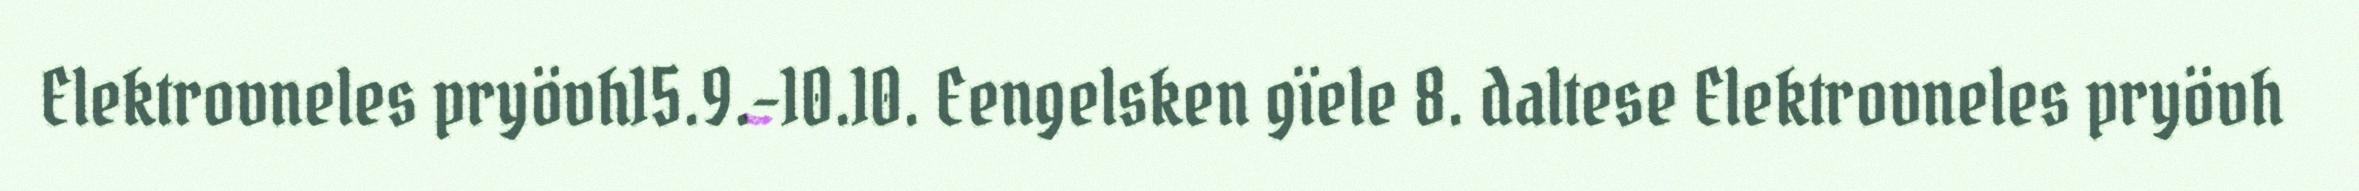
Elektrovneles pryövh15.9.–10.10. Eengelsken gïele 8. daltese Elektrovneles pryövh